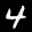
Label: 4